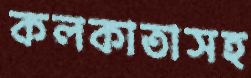
কলকাতাসহ